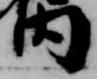
内